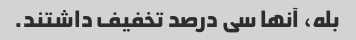
بله، آنها سی درصد تخفیف داشتند.